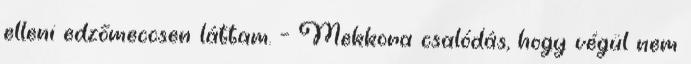
elleni edzőmeccsen láttam. – Mekkora csalódás, hogy végül nem